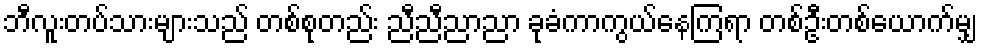
ဘီလူးတပ်သားများသည် တစ်စုတည်း ညီညီညာညာ ခုခံကာကွယ်နေကြရာ တစ်ဦးတစ်ယောက်မျှ